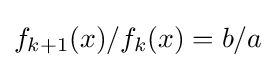
f_{k+1}(x)/f_{k}(x)=b/a